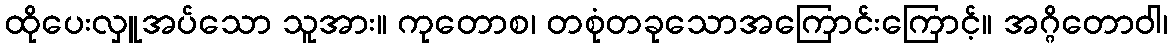
ထိုပေးလှူအပ်သော သူအား။ ကုတောစ၊ တစုံတခုသောအကြောင်းကြောင့်။ အဂ္ဂိတောဝါ၊